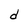
Character: d